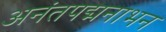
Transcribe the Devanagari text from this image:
अनंतपद्मनाभन